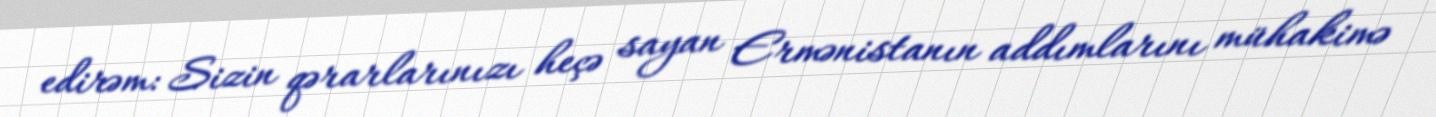
edirəm: Sizin qərarlarınızı heçə sayan Ermənistanın addımlarını mühakimə